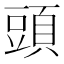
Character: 頭